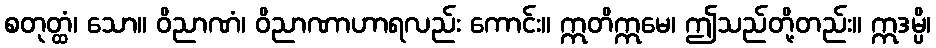
စတုတ္ထံ၊ သော။ ဝိညာဏံ၊ ဝိညာဏာဟာရလည်း ကောင်း။ ဣတိဣမေ၊ ဤသည်တို့တည်း။ ဣဒမ္ပိ၊